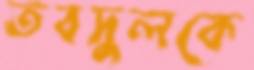
তবদুলকে